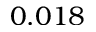
0 . 0 1 8